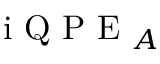
\textrm { i Q P E } _ { A }